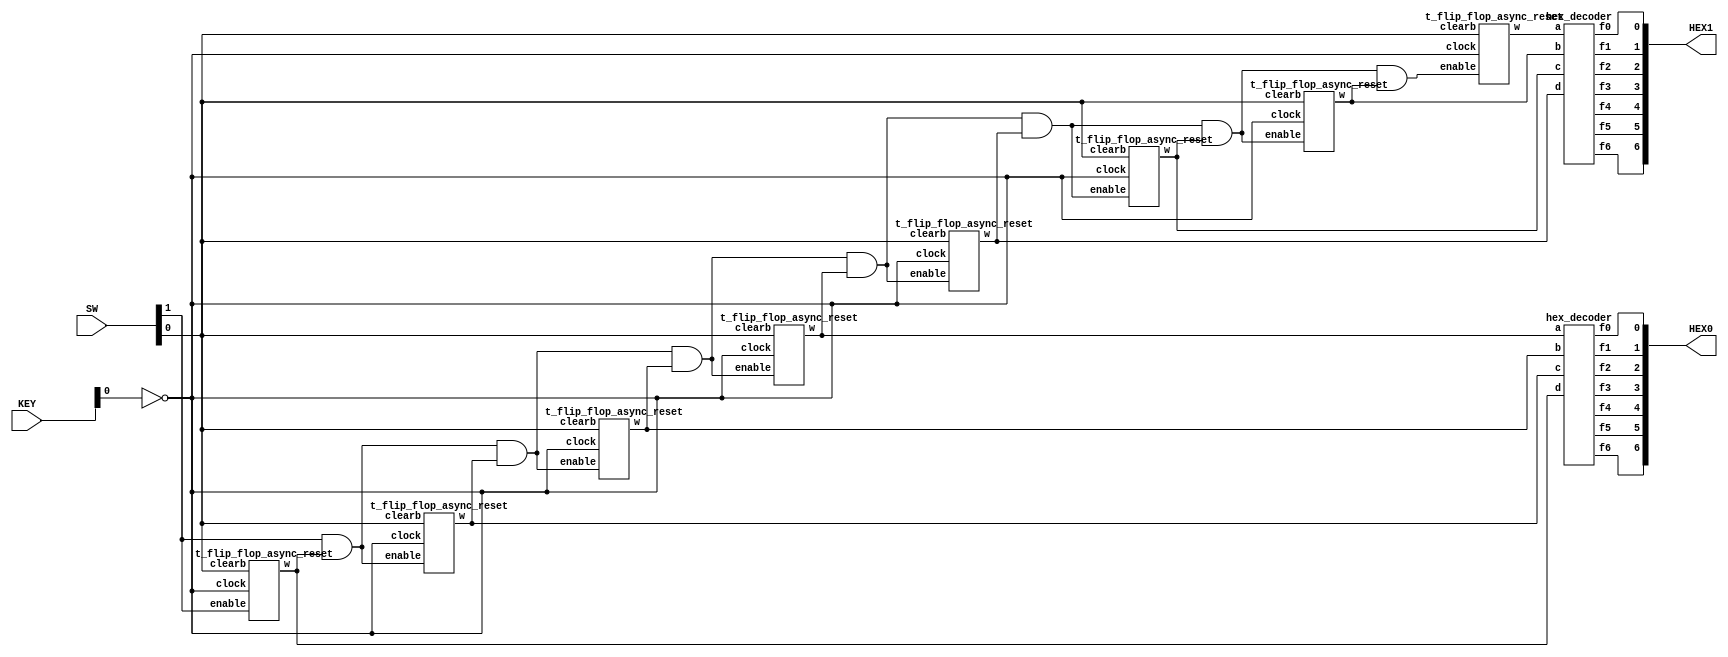
module Lab5Part1(SW, KEY, HEX0, HEX1);
	//SW[0] = Clear
	//SW[1] = Enable
	input [1:0]SW;
	
	//Clock
	input [1:0]KEY;
	
	//Output HEX Display
	output [6:0]HEX0, HEX1;
	
	//Wire Connections
	wire w0, w1, w2, w3, w4, w5, w6, w7, w8, w9, w10, w11, w12, w13, w14;
	
	assign w1 = SW[1] & w0;
	assign w3 = w1 & w2;
	assign w5 = w3 & w4;
	assign w7 = w5 & w6;
	assign w9 = w7 & w8;
	assign w11 = w9 & w10;
	assign w13 = w11 & w12;
	
	t_flip_flop_async_reset t0(.enable(SW[1]), .clock(~KEY[0]), .clearb(SW[0]), .w(w0));
	t_flip_flop_async_reset t1(.enable(w1), .clock(~KEY[0]), .clearb(SW[0]), .w(w2));
	t_flip_flop_async_reset t2(.enable(w3), .clock(~KEY[0]), .clearb(SW[0]), .w(w4));
	t_flip_flop_async_reset t3(.enable(w5), .clock(~KEY[0]), .clearb(SW[0]), .w(w6));
	t_flip_flop_async_reset t4(.enable(w7), .clock(~KEY[0]), .clearb(SW[0]), .w(w8));
	t_flip_flop_async_reset t5(.enable(w9), .clock(~KEY[0]), .clearb(SW[0]), .w(w10));
	t_flip_flop_async_reset t6(.enable(w11), .clock(~KEY[0]), .clearb(SW[0]), .w(w12));
	t_flip_flop_async_reset t7(.enable(w13), .clock(~KEY[0]), .clearb(SW[0]), .w(w14));
	
	hex_decoder h0(w6, w4, w2, w0, HEX0[0], HEX0[1], HEX0[2], HEX0[3], HEX0[4], HEX0[5], HEX0[6]);
	hex_decoder h1(w14, w12, w10, w8, HEX1[0], HEX1[1], HEX1[2], HEX1[3], HEX1[4], HEX1[5], HEX1[6]);
	
endmodule


module t_flip_flop_async_reset(enable, clock, clearb, w);
	input enable, clock, clearb;
	output reg w;
	always @ (posedge clock, posedge clearb)
		begin
			if (clearb==1'b1)
				w <= 0;
			else if(enable==1'b1)
				w <= ~w;
		end
endmodule

module hex_decoder(input a, b, c, d, output f0, f1, f2, f3, f4, f5, f6);
	assign f0 = (~a & ~b & ~c & d) | (~a & b & ~c & ~d) | (a & ~b & c & d) | (a & b & ~c & d) ;
	assign f1 = (~a & b & ~c & d) | (~a & b & c & ~d) | (a & ~b & c & d) | (a & b & ~c & ~d) | (a & b & c & ~d) | (a & b & c & d) ;
	assign f2 = (~a & ~b & c & ~d) | (a & b & ~c & ~d) | (a & b & c & ~d) | (a & b & c & d) ;
	assign f3 = (~a & ~b & ~c & d) | (~a & b & ~c & ~d) | (~a & b & c & d) | (a & ~b & c & ~d) | (a & b & c & d);
	assign f4 = (~a & ~b & ~c & d) | (~a & ~b & c & d) | (~a & b & ~c & ~d) | (~a & b & ~c & d) | (~a & b & c & d) | (a & ~b & ~c & d);
	assign f5 = (~a & ~b & ~c & d) | (~a & ~b & c & ~d) | (~a & ~b & c & d) | (~a & b & c & d) | (a & b & ~c & d);
	assign f6 = (~a & ~b & ~c & ~d) | (~a & ~b & ~c & d) | (~a & b & c & d) | (a & b & ~c & ~d);
endmodule